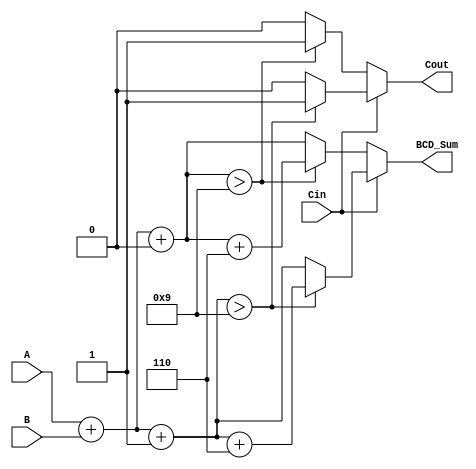
module BCD_Modified_CSA (
    input [3:0] A,    // First BCD digit (4 bits)
    input [3:0] B,    // Second BCD digit (4 bits)
    input Cin,        // Input carry
    output reg [3:0] BCD_Sum, // Output BCD sum
    output reg Cout   // Carry output
);

    wire [4:0] Sum_Carry0; // Sum when Cin = 0
    wire [4:0] Sum_Carry1; // Sum when Cin = 1

    // Step 2: Perform initial binary addition for both cases

    // Case when Cin = 0
    assign Sum_Carry0 = A + B + 4'b0000; // 4'b0000 is equivalent to 0

    // Case when Cin = 1
    assign Sum_Carry1 = A + B + 4'b0001; // Adding 1 for Cin = 1

    // Step 3: Check if the results exceed the BCD range (greater than 9)
    wire Correction0 = (Sum_Carry0[3:0] > 4'b1001); // Check if Sum_Carry0 exceeds 9
    wire Correction1 = (Sum_Carry1[3:0] > 4'b1001); // Check if Sum_Carry1 exceeds 9

    // Step 4: Apply BCD correction if necessary
    wire [4:0] Corrected_Sum0 = Sum_Carry0 + 5'b00110; // Add 6 for correction
    wire [4:0] Corrected_Sum1 = Sum_Carry1 + 5'b00110; // Add 6 for correction
    
    // Step 5: Select the appropriate sum based on Cin
    always @(*) begin
        if (Cin == 0) begin
            if (Correction0) begin
                BCD_Sum = Corrected_Sum0[3:0]; // Apply correction if necessary
                Cout = 1'b1; // Set carry if correction was applied
            end else begin
                BCD_Sum = Sum_Carry0[3:0]; // No correction needed
                Cout = 1'b0; // No carry
            end
        end else begin
            if (Correction1) begin
                BCD_Sum = Corrected_Sum1[3:0]; // Apply correction if necessary
                Cout = 1'b1; // Set carry if correction was applied
            end else begin
                BCD_Sum = Sum_Carry1[3:0]; // No correction needed
                Cout = 1'b0; // No carry
            end
        end
    end

endmodule